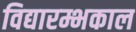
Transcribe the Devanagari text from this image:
विद्यारम्भकाल